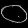
Digit: ၀